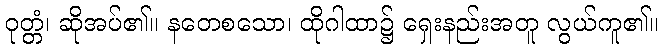
ဝုတ္တံ၊ ဆိုအပ်၏။ နတေစသော၊ ထိုဂါထာ၌ ရှေးနည်းအတူ လွယ်ကူ၏။